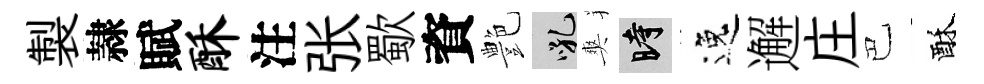
製隷賦酥注张歜資艶吼爽时逸邂庄巴酥